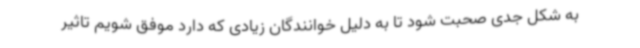
به شکل جدی صحبت شود تا به دلیل خوانندگان زیادی که دارد موفق شویم تاثیر